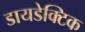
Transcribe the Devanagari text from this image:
डायडेक्टिक